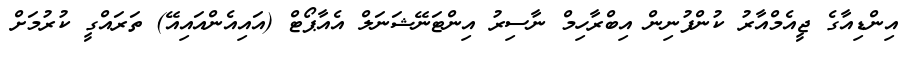
އިންޑިއާގެ ޖީއެމްއާރު ކުންފުނިން އިބްރާހިމް ނާސިރު އިންޓަނޭޝަނަލް އެއާޕޯޓް (އައިއެންއައިއޭ) ތަރައްގީ ކުރުމަށް